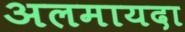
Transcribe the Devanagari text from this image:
अलमायदा